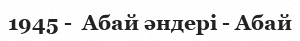
1945 -  Абай әндері - Абай